Annual report on the Civil Veterinary Department, Burma (including the Insein Veterinary School) - 1910-1922
Year: 1910
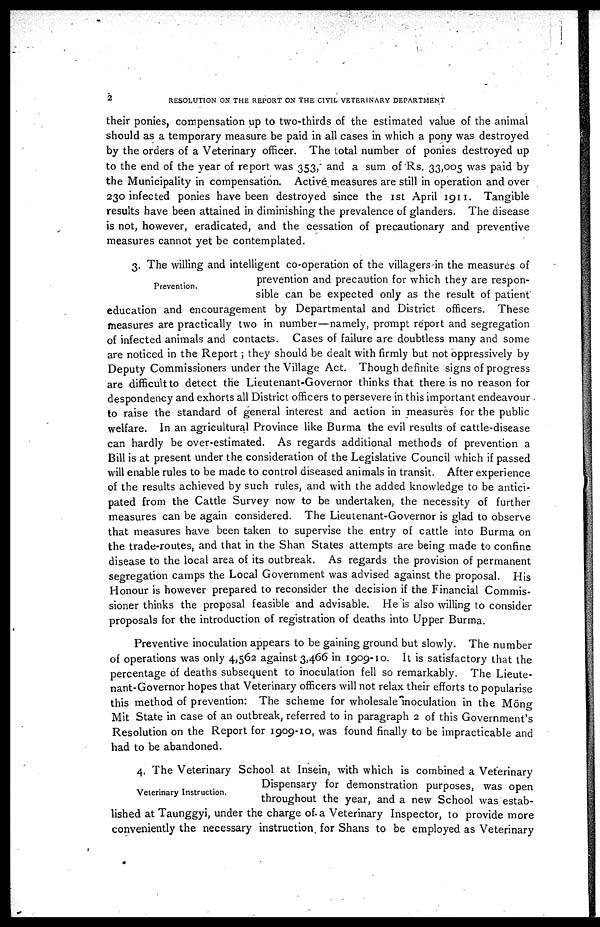
2
RESOLUTION ON THE REPORT ON THE CIVIL VETERINARY DEPARTMENT
their ponies, compensation up to two-thirds of the estimated value of the animal
should as a temporary measure be paid in all cases in which a pony was destroyed
by the orders of a Veterinary officer. The total number of ponies destroyed up
to the end of the year of report was 353, and a sum of Rs. 33,005 was paid by
the Municipality in compensation. Active measures are still in operation and over
230 infected ponies have been destroyed since the 1st April 1911. Tangible
results have been attained in diminishing the prevalence of glanders. The disease
is not, however, eradicated, and the cessation of precautionary and preventive
measures cannot yet be contemplated.
Prevention.
3. The willing and intelligent co-operation of the villagers-in the measures of
prevention and precaution for which they are respon-
sible can be expected only as the result of patient
education and encouragement by Departmental and District officers. These
measures are practically two in number—namely, prompt report and segregation
of infected animals and contacts. Cases of failure are doubtless many and some
are noticed in the Report ; they should be dealt with firmly but not oppressively by
Deputy Commissioners under the Village Act. Though definite signs of progress
are difficult to detect the Lieutenant-Governor thinks that there is no reason for
despondency and exhorts all District officers to persevere in this important endeavour
to raise the standard of general interest and action in measures for the public
welfare. In an agricultural Province like Burma the evil results of cattle-disease
can hardly be over-estimated. As regards additional methods of prevention a
Bill is at present under the consideration of the Legislative Council which if passed
will enable rules to be made to control diseased animals in transit. After experience
of the results achieved by such rules, and with the added knowledge to be antici-
pated from the Cattle Survey now to be undertaken, the necessity of further
measures can be again considered. The Lieutenant-Governor is glad to observe
that measures have been taken to supervise the entry of cattle into Burma on
the trade-routes, and that in the Shan States attempts are being made to confine
disease to the local area of its outbreak. As regards the provision of permanent
segregation camps the Local Government was advised against the proposal. His
Honour is however prepared to reconsider the decision if the Financial Commis-
sioner thinks the proposal feasible and advisable. He is also willing to consider
proposals for the introduction of registration of deaths into Upper Burma.
Preventive inoculation appears to be gaining ground but slowly. The number
of operations was only 4,562 against 3,466 in 1909-10. It is satisfactory that the
percentage of deaths subsequent to inoculation fell so remarkably. The Lieute-
nant-Governor hopes that Veterinary officers will not relax their efforts to popularise
this method of prevention: The scheme for wholesale inoculation in the Möno-
Mit State in case of an outbreak, referred to in paragraph 2 of this Government's
Resolution on the Report for 1909-10, was found finally to be impracticable and
had to be abandoned.
Veterinary Instruction.
4. The Veterinary School at Insein, with which is combined a Veterinary
Dispensary for demonstration purposes, was open
throughout the year, and a new School was estab-
lished at Taunggyi, under the charge of-a Veterinary Inspector, to provide more
conveniently the necessary instruction for Shans to be employed as Veterinary